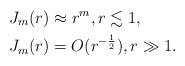
LaTeX: \begin{align*}J_m(r) &\approx r^m, r\lesssim1, \\J_m(r) &= O(r^{-\frac12}), r\gg1.\end{align*}